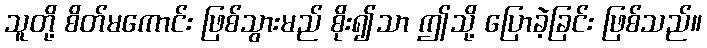
သူတို့ စိတ်မကောင်း ဖြစ်သွားမည် စိုး၍သာ ဤသို့ ပြောခဲ့ခြင်း ဖြစ်သည်။